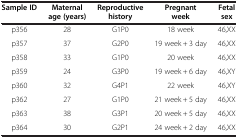
<table><thead><tr><td><b>Sample ID</b></td><td><b>Maternal age (years)</b></td><td><b>Reproductive history</b></td><td><b>Pregnant week</b></td><td><b>Fetal sex</b></td></tr></thead><tbody><tr><td>p356</td><td>28</td><td>G1P0</td><td>18 week</td><td>46,XX</td></tr><tr><td>p357</td><td>37</td><td>G2P0</td><td>19 week + 3 day</td><td>46,XX</td></tr><tr><td>p358</td><td>33</td><td>G1P0</td><td>20 week</td><td>46,XX</td></tr><tr><td>p359</td><td>24</td><td>G3P0</td><td>19 week + 6 day</td><td>46,XY</td></tr><tr><td>p360</td><td>32</td><td>G4P1</td><td>22 week</td><td>46,XY</td></tr><tr><td>p362</td><td>27</td><td>G1P0</td><td>21 week + 5 day</td><td>46,XX</td></tr><tr><td>p363</td><td>38</td><td>G3P1</td><td>20 week + 5 day</td><td>46,XX</td></tr><tr><td>p364</td><td>30</td><td>G2P1</td><td>24 week + 2 day</td><td>46,XX</td></tr></tbody></table>